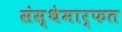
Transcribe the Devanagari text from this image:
संस्‍थेमार्फत